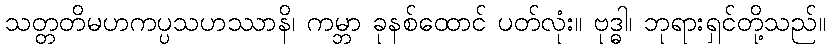
သတ္တတိမဟကပ္ပသဟဿာနိ၊ ကမ္ဘာ ခုနစ်ထောင် ပတ်လုံး။ ဗုဒ္ဓါ၊ ဘုရားရှင်တို့သည်။